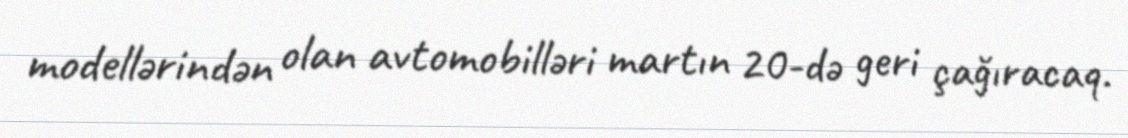
modellərindən olan avtomobilləri martın 20-də geri çağıracaq.